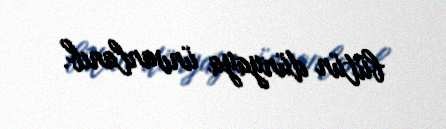
bütün dünyaya ünvanlanıb.